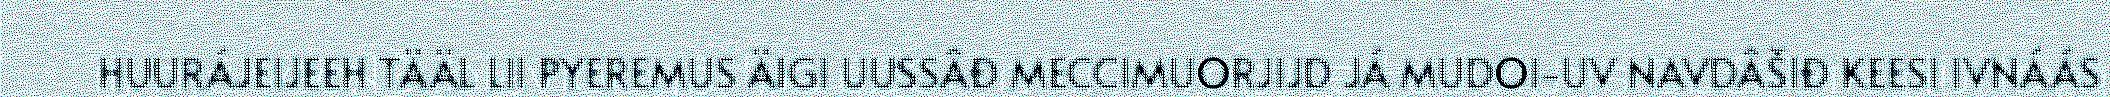
HUURÁJEIJEEH TÄÄL LII PYEREMUS ÄIGI UUSSÂĐ MECCIMUORJIJD JÁ MUDOI-UV NAVDÂŠIĐ KEESI IVNÁÁS